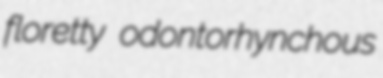
floretty odontorhynchous